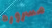
مسروره